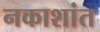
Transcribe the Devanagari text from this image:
नकाशांत